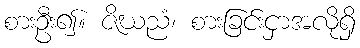
စားဦး၍။ ဇိဃညံ၊ စားခြင်းငှာအလိုရှိ